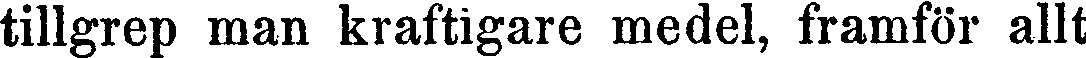
tillgrep man kraftigare medel, framför allt